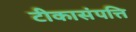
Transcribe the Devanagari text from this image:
टीकासंपत्ति